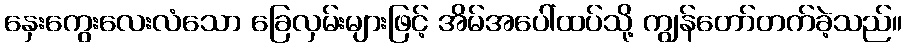
နှေးကွေးလေးလံသော ခြေလှမ်းများဖြင့် အိမ်အပေါ်ထပ်သို့ ကျွန်တော်တက်ခဲ့သည်။